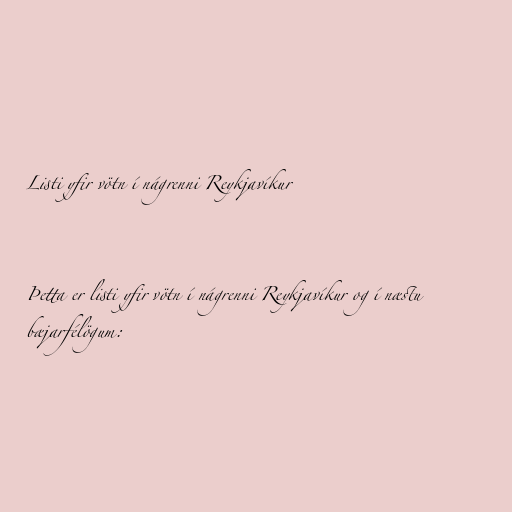
Listi yfir vötn í nágrenni Reykjavíkur

Þetta er listi yfir vötn í nágrenni Reykjavíkur og í næstu
bæjarfélögum: